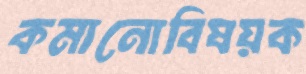
কমানোবিষয়ক